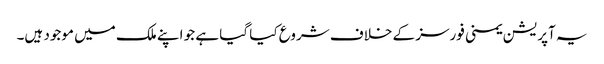
یہ آپریشن یمنی فورسز کے خلاف شروع کیا گیا ہے جو اپنے ملک میں موجود ہیں۔